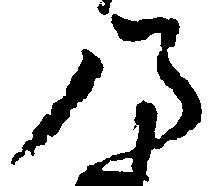
乃